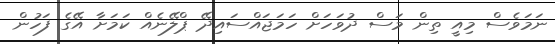
ނަމަވެސް މިއީ ތިން މަސް ދުވަހަށް ހަމަޖައްސައިދޭ ޕްލޭނެއް ކަމަށާ އޭގެ ފަހުން